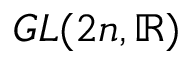
G L ( 2 n , \mathbb { R } )